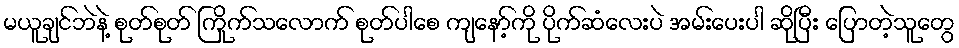
မယူချင်ဘဲနဲ့ စုတ်စုတ် ကြိုက်သလောက် စုတ်ပါစေ ကျနော့်ကို ပိုက်ဆံလေးပဲ အမ်းပေးပါ ဆိုပြီး ပြောတဲ့သူတွေ